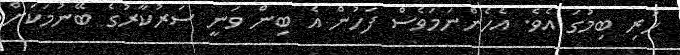
ހުރި ބިމުގަ އެވެ. އެހެންނަމަވެސް ފަހުން އެ ބިން ވަނީ ސަރުކާރުގެ ބޭނުމަކަށް